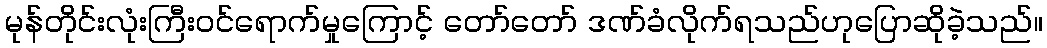
မုန်တိုင်းလုံးကြီးဝင်ရောက်မှုကြောင့် တော်တော် ဒဏ်ခံလိုက်ရသည်ဟုပြောဆိုခဲ့သည်။